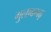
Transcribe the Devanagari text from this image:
गुलाबगढ़